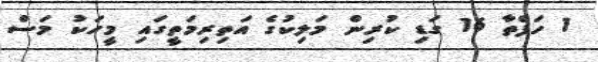
1 ހަފްތާ 16 ގަޑި ކުރިން މަލިކުގެ އަތިރިމަތީގައި މީހަކު މަސް